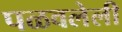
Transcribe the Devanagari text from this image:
पळवलेली